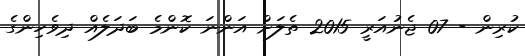
ކުރިން - 07 ޖެނުއަރީ 2015 ތެލަށް އަންނަ ކޮންމެ ބަދަލެއް ދިވެހިންގެ